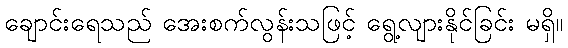
ချောင်းရေသည် အေးစက်လွန်းသဖြင့် ရွေ့လျားနိုင်ခြင်း မရှိ။